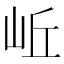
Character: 岴